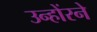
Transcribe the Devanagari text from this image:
उन्होंरने